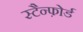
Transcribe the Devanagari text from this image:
स्टैन्फ़ोर्ड